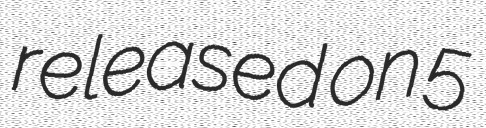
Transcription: released on 5